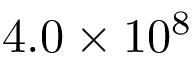
4 . 0 \times 1 0 ^ { 8 }